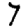
Digit: 7